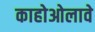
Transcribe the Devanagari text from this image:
काहोओलावे